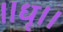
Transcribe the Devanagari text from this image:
॥धृ।।